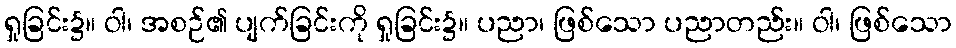
ရှုခြင်း၌။ ဝါ၊ အစဉ်၏ ပျက်ခြင်းကို ရှုခြင်း၌။ ပညာ၊ ဖြစ်သော ပညာတည်း။ ဝါ၊ ဖြစ်သော